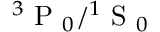
\ensuremath { { ^ 3 \mathrm { ~ P ~ } _ { 0 } } } / \ensuremath { { ^ 1 \mathrm { ~ S ~ } _ { 0 } } }